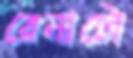
রেনাটো